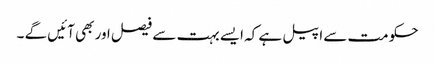
حکومت سے اپیل ہے کہ ایسے بہت سے فیصل اور بھی آئیں گے ۔